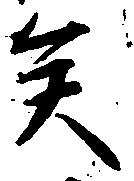
矣